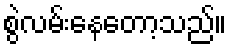
စွဲလမ်းနေတော့သည်။